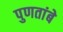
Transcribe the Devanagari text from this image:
पुणतांबे